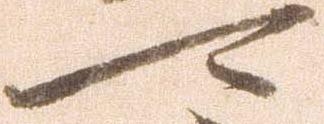
可